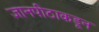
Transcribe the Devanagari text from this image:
ज्ञानपीठाकडून